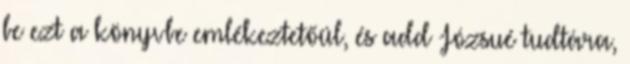
be ezt a könyvbe emlékeztetőül, és add Józsué tudtára,